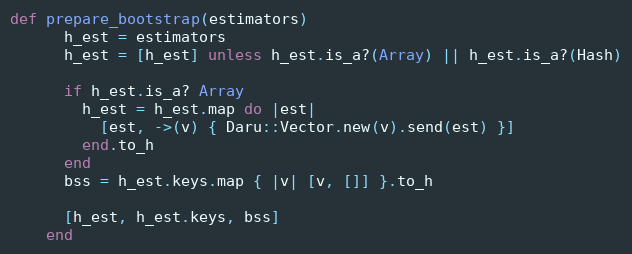
Language: Ruby
def prepare_bootstrap(estimators)
      h_est = estimators
      h_est = [h_est] unless h_est.is_a?(Array) || h_est.is_a?(Hash)

      if h_est.is_a? Array
        h_est = h_est.map do |est|
          [est, ->(v) { Daru::Vector.new(v).send(est) }]
        end.to_h
      end
      bss = h_est.keys.map { |v| [v, []] }.to_h

      [h_est, h_est.keys, bss]
    end